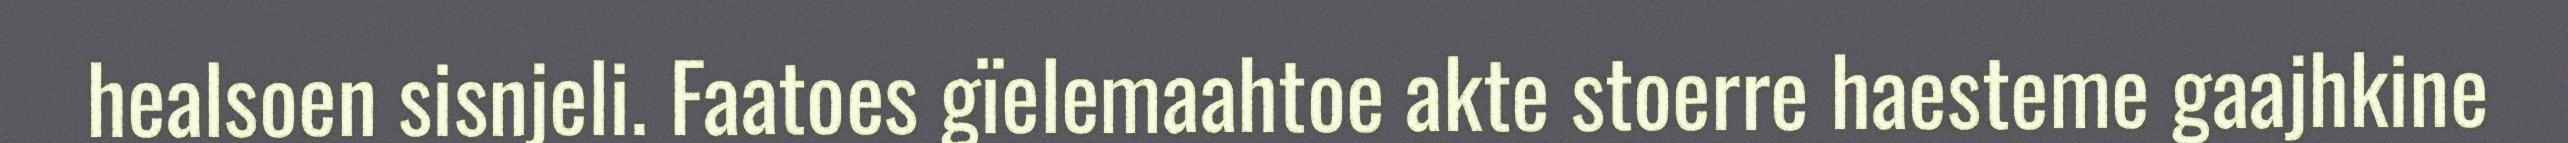
healsoen sisnjeli. Faatoes gïelemaahtoe akte stoerre haesteme gaajhkine